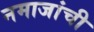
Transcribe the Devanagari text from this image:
नमाजांची